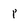
Character: 1